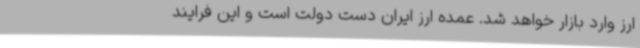
ارز وارد بازار خواهد شد. عمده ارز ایران دست دولت است و این فرایند